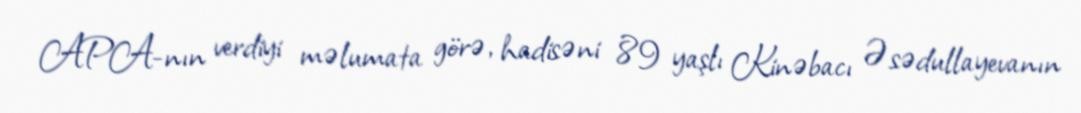
APA-nın verdiyi məlumata görə, hadisəni 89 yaşlı Kinəbacı Əsədullayevanın